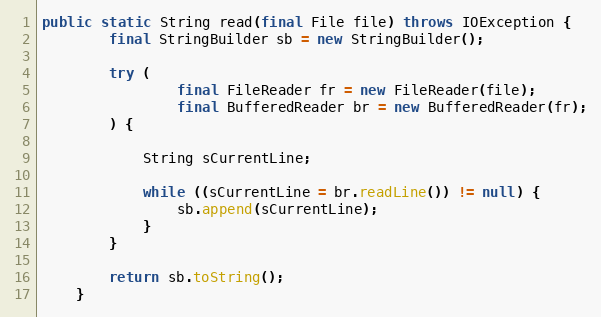
Language: Java
public static String read(final File file) throws IOException {
        final StringBuilder sb = new StringBuilder();

        try (
                final FileReader fr = new FileReader(file);
                final BufferedReader br = new BufferedReader(fr);
        ) {

            String sCurrentLine;

            while ((sCurrentLine = br.readLine()) != null) {
                sb.append(sCurrentLine);
            }
        }

        return sb.toString();
    }